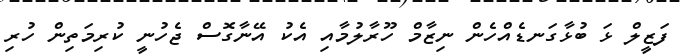
ފަޒީލް ޅަ ބުޅާގަނޑެއްހެން ނިޒާމް ހޫރާލުމާއި އެކު އޭނާގޮސް ޖެހުނީ ކުރިމަތިން ހުރި